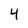
Character: 4